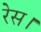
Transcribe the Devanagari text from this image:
रेस।